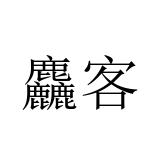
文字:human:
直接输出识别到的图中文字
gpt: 麤客